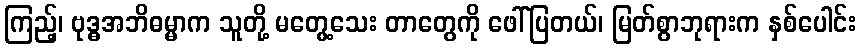
ကြည့်၊ ဗုဒ္ဓအဘိဓမ္မာက သူတို့ မတွေ့သေး တာတွေကို ဖေါ်ပြတယ်၊ မြတ်စွာဘုရားက နှစ်ပေါင်း